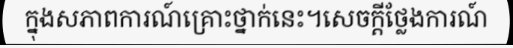
ក្នុងសភាពការណ៍គ្រោះថ្នាក់នេះ។សេចក្តីថ្លែងការណ៍